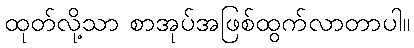
ထုတ်လို့သာ စာအုပ်အဖြစ်ထွက်လာတာပါ။